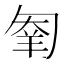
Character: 𠣮